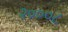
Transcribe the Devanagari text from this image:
२०००८